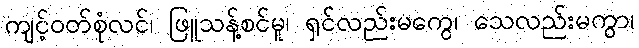
ကျင့်ဝတ်စုံလင်၊ ဖြူသန့်စင်မူ၊ ရှင်လည်းမကွေ၊ သေလည်းမကွာ၊